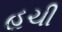
હચી